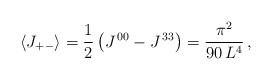
\begin{align*} \langle J_{+ - }\rangle = \frac{1}{2} \left (J^{\,00} - J^{\,33} \right ) = \frac{\pi ^{2}}{90 \, L^{4}}\, ,\end{align*}